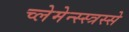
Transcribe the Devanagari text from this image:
च्लेमेन्स्स्त्रस्से